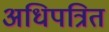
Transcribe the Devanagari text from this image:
अधिपत्रित